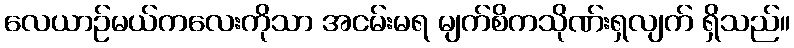
လေယာဉ်မယ်ကလေးကိုသာ အငမ်းမရ မျက်စိကသိုဏ်းရှလျက် ရှိသည်။